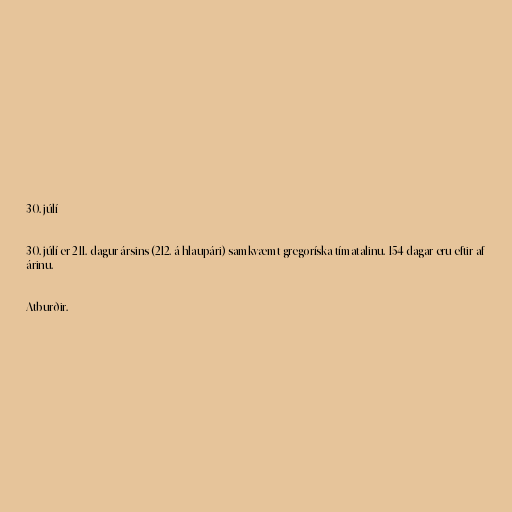
30. júlí

30. júlí er 211. dagur ársins (212. á hlaupári) samkvæmt gregoríska tímatalinu. 154 dagar eru eftir af
árinu.

Atburðir.